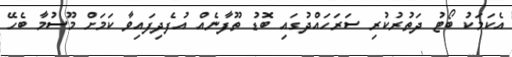
އެކަމަކު ބޯޓު ދަތުރުކުރި ސަރަހައްދުގައި ބޮޑު ތޫފާނެއް އުފެދިފައިވާ ކަމަށް މޫސުމާ ބެހޭ